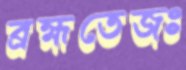
ব্রহ্মতেজঃ